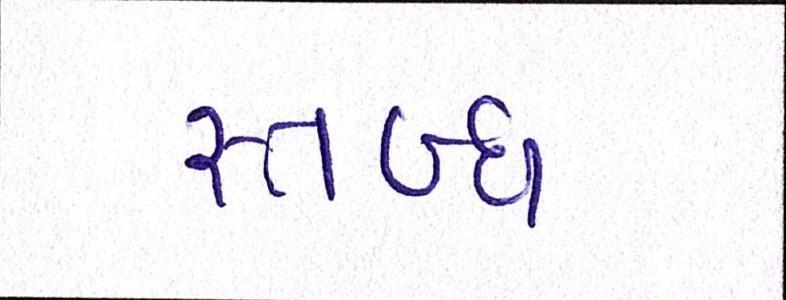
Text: સ્તબ્ધ